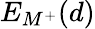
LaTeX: E_{M^{+}}(d)